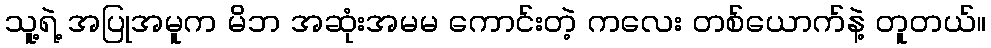
သူ့ရဲ့ အပြုအမူက မိဘ အဆုံးအမမ ကောင်းတဲ့ ကလေး တစ်ယောက်နဲ့ တူတယ်။